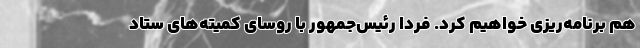
هم برنامه‌ریزی خواهیم کرد. فردا رئیس‌جمهور با روسای کمیته‌های ستاد